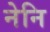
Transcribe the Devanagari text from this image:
नेनि